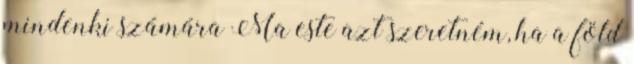
mindenki számára Ma este azt szeretném, ha a föld